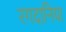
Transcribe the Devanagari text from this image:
रगदानिया